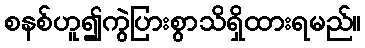
စနစ်ဟူ၍ကွဲပြားစွာသိရှိထားရမည်။